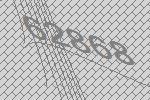
62868